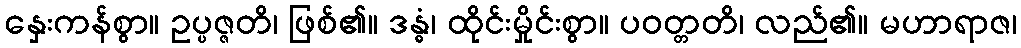
နှေးကန်စွာ။ ဥပ္ပဇ္ဇတိ၊ ဖြစ်၏။ ဒန္ဓံ၊ ထိုင်းမှိုင်းစွာ။ ပဝတ္တတိ၊ လည်၏။ မဟာရာဇ၊